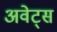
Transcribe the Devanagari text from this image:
अवेट्स